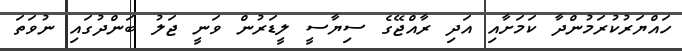
ހައްޔަރުކުރަމުންދާ ކަަމަށާއި އަދި ރާއްޖޭގެ ސިޔާސީ ލީޑަރުން ވަނީ ޖަލު ބަންދުގައި ނުވަތަ